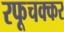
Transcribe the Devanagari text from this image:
रफूचक्कर